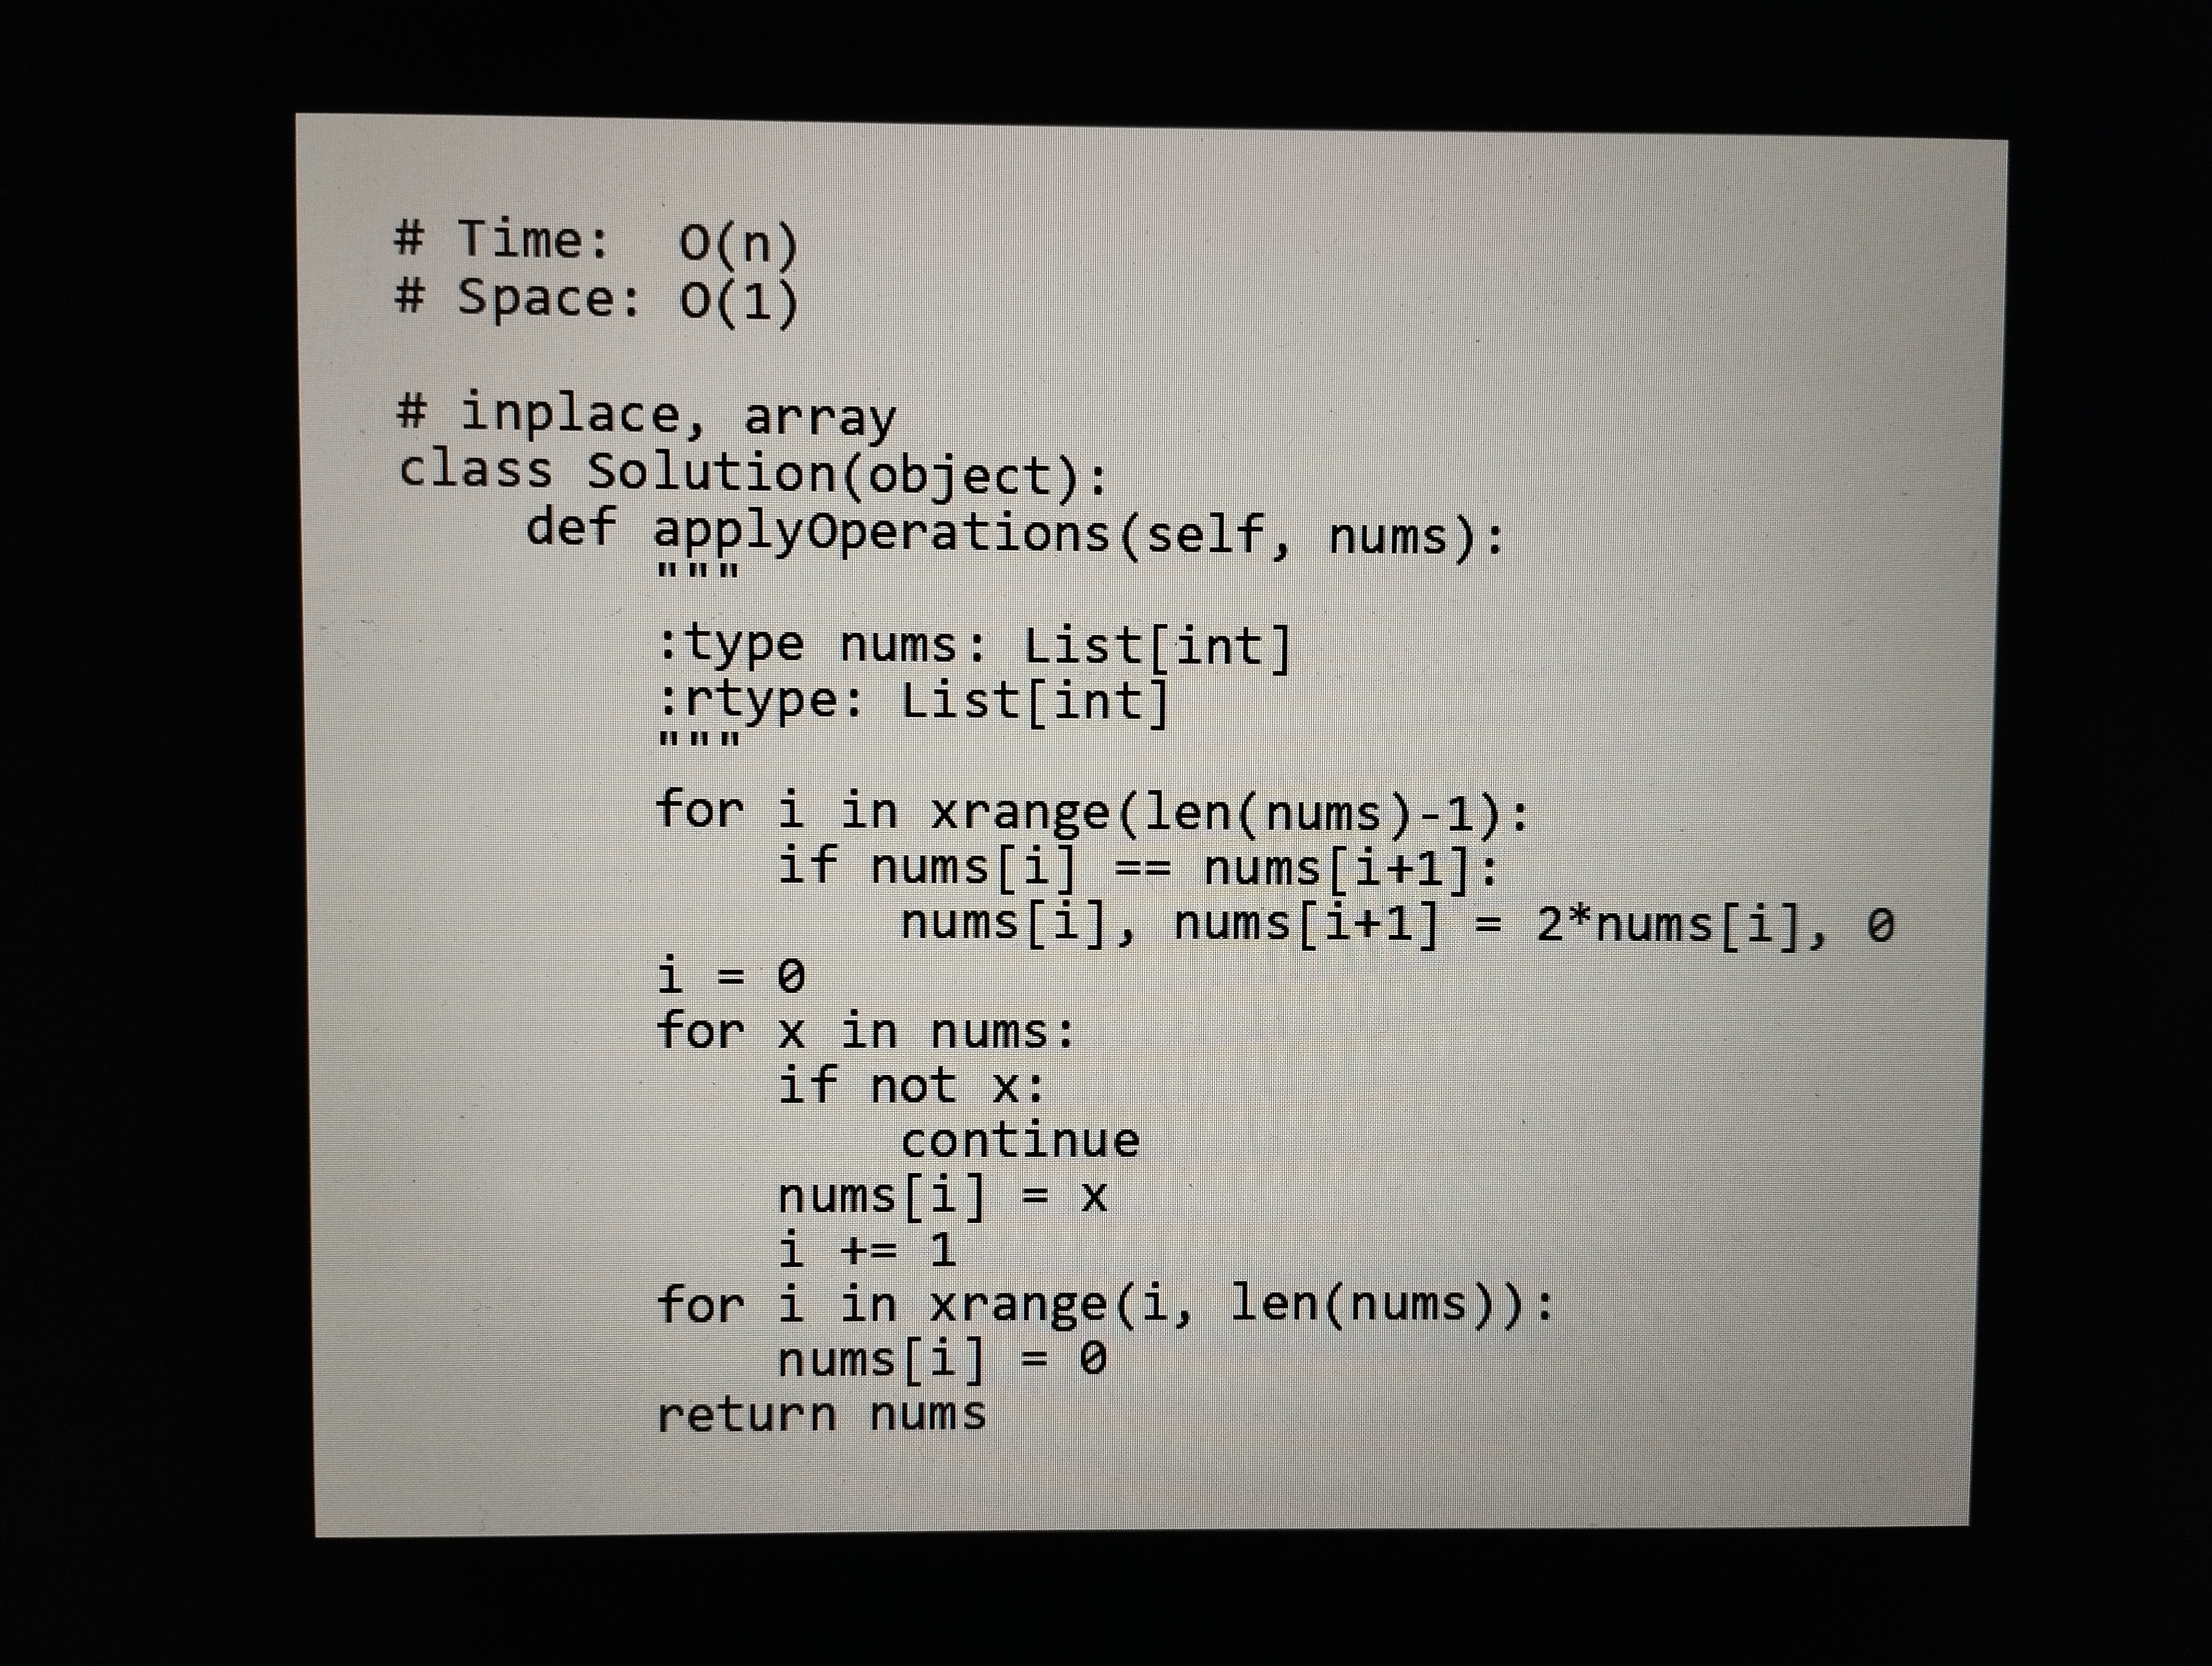
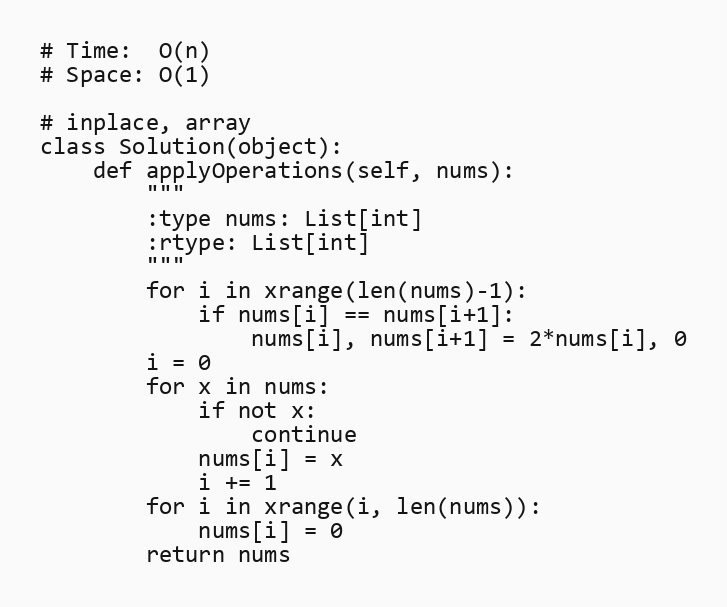
# Time:  O(n)
# Space: O(1)

# inplace, array
class Solution(object):
    def applyOperations(self, nums):
        """
        :type nums: List[int]
        :rtype: List[int]
        """
        for i in xrange(len(nums)-1):
            if nums[i] == nums[i+1]:
                nums[i], nums[i+1] = 2*nums[i], 0
        i = 0
        for x in nums:
            if not x:
                continue
            nums[i] = x
            i += 1
        for i in xrange(i, len(nums)):
            nums[i] = 0
        return nums